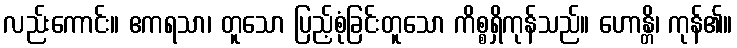
လည်းကောင်း။ ဧကရသာ၊ တူသော ပြည့်စုံခြင်းတူသော ကိစ္စရှိကုန်သည်။ ဟောန္တိ၊ ကုန်၏။